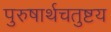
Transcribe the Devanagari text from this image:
पुरुषार्थचतुष्टय